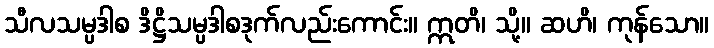
သီလသမ္ပဒါစ ဒိဋ္ဌိသမ္ပဒါစဒုက်လည်းကောင်း။ ဣတိ၊ သို့။ ဆဟိ၊ ကုန်သော။